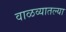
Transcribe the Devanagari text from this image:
वाळव्यातल्या